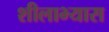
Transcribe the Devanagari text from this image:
शीलाभ्यास